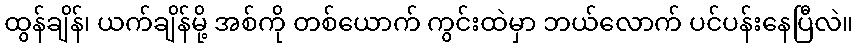
ထွန်ချိန်၊ ယက်ချိန်မို့ အစ်ကို တစ်ယောက် ကွင်းထဲမှာ ဘယ်လောက် ပင်ပန်းနေပြီလဲ။